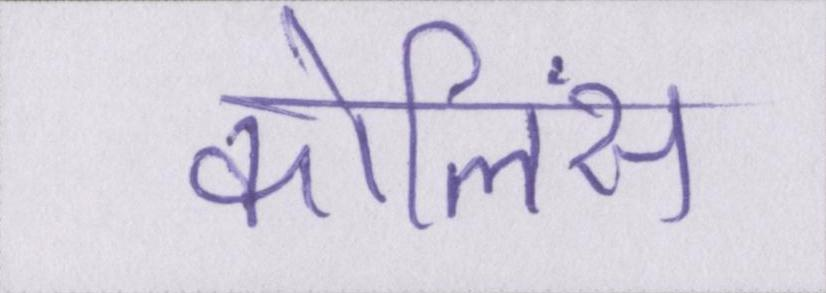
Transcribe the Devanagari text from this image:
कोलिंस